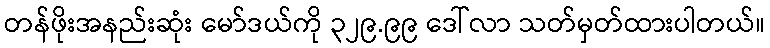
တန်ဖိုးအနည်းဆုံး မော်ဒယ်ကို ၃၂၉.၉၉ ဒေါ်လာ သတ်မှတ်ထားပါတယ်။